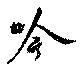
吟